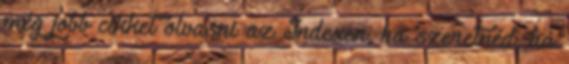
még jobb cikket olvasni az Indexen, ha szeretnéd, ha